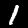
Digit: 1